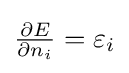
{\textstyle {\frac {\partial E}{\partial n_{i}}}=\varepsilon _{i}}